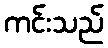
ကင်းသည်